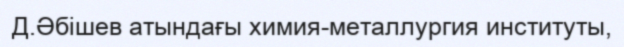
Д.Әбішев атындағы химия-металлургия институты,